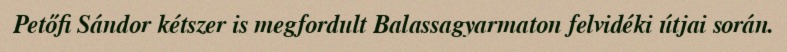
Petőfi Sándor kétszer is megfordult Balassagyarmaton felvidéki útjai során.